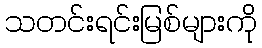
သတင်းရင်းမြစ်များကို